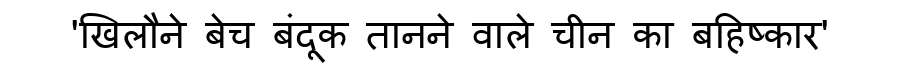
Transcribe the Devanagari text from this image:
'खिलौने बेच बंदूक तानने वाले चीन का बहिष्कार'